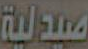
صيدلية